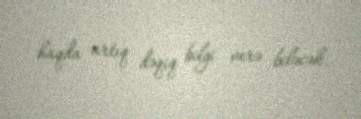
haqda artıq dəqiq bilgi verə biləcək.